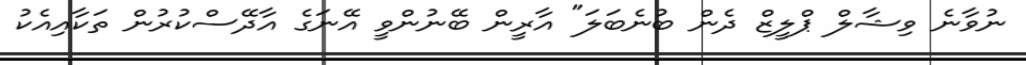
ނުވާނެ ވިޝާލް ޕްލީޒް ދެން ބުނެބަލަ" އާރީން ބޭނުންވީ އޭނަގެ އާދޭސްކުރުން ތަކާއިއެކު